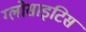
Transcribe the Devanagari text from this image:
ग्लोसाइटिस